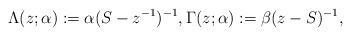
LaTeX: \begin{gather*}\Lambda(z;\alpha) := \alpha (S-z^{-1})^{-1}, \Gamma(z;\alpha) := \beta (z-S)^{-1},\end{gather*}